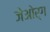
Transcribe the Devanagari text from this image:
जेओर्ग